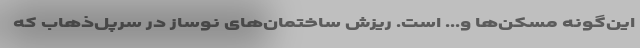
این‌گونه مسکن‌ها و... است. ریزش ساختمان‌های نوساز در سرپل‌ذهاب که